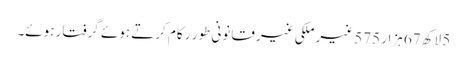
5 لاکھ 67 ہزار 575 غیر ملکی غیر قانونی طور ر کام کرتے ہوئے گرفتار ہوئے۔